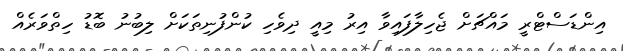
އިންޑަސްޓްރީ މައްޗަށް ޖެހިލާފައިވާ އިރު މިއީ ދިވެހި ކުންފުނިތަކަށް ލިބުނު ބޮޑު ހިތްވަރެއް